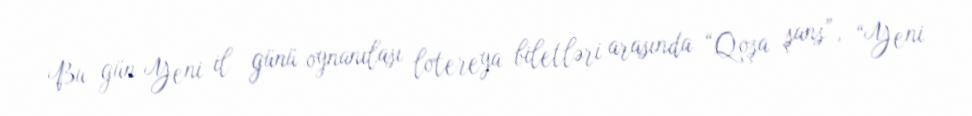
Bu gün Yeni il günü oynanılası lotereya biletləri arasında “Qoşa şans”, “Yeni